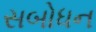
સબોધન